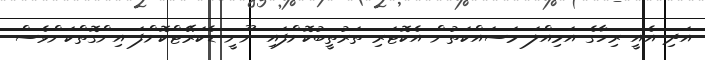
އަދި އެއީ ރިހާގެ އަމިއްލަ މަސައްކަތުން އެކޮޓަރި ތަރުތީބުކޮށްފައި ނޫނީ ޑެކަރޭޓްކޮށްފަ އިންގޮތްކަންވެސް